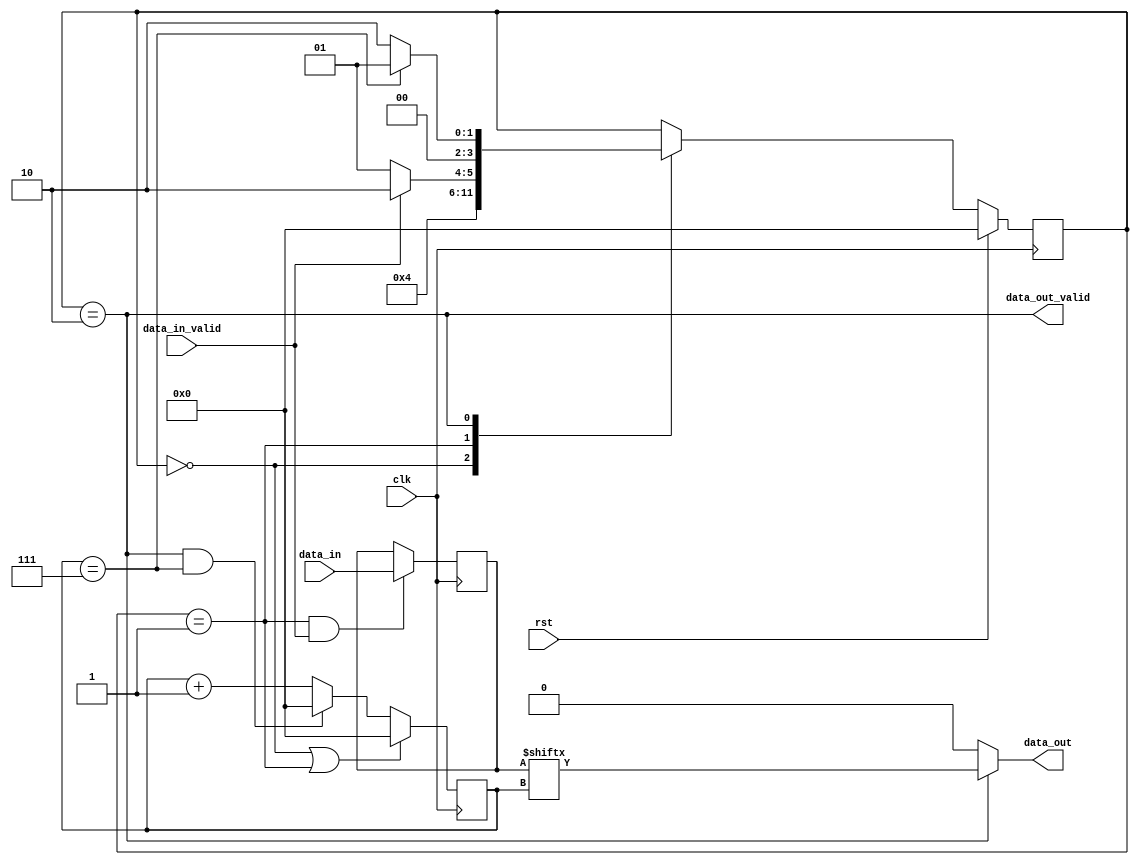
`define RST_STATE 0
`define INIT_STATE 1
`define PROGRESS_STATE 2

module byte_to_bitstream(clk, rst, data_in, data_in_valid, data_out, data_out_valid);

   parameter IN_SIZE = 8;
   input clk, rst, data_in_valid;
   input [IN_SIZE - 1:0] data_in;
   output 	    data_out;
   output 	    data_out_valid;
   reg [IN_SIZE - 1:0] 	    temp_storage;
   
   reg [3:0] 	    count;
   reg 		    start;
   reg [3:0] 	    c_state = 0;
   
   reg [3:0] 	    n_state;
   
   always @(posedge clk) begin
      if(rst) c_state <= `RST_STATE;
      else c_state <= n_state;	
   end
   
   always @(*) begin
      case (c_state)
	`RST_STATE : begin
	   n_state = `INIT_STATE;
	end
	`INIT_STATE: begin
	   if(data_in_valid) begin
	      n_state = `PROGRESS_STATE;
	   end
	   else n_state = `INIT_STATE;
	end
	`PROGRESS_STATE : begin
	   if(count == (IN_SIZE - 1)) begin
	      n_state = `INIT_STATE;
	   end
	   else begin
	      n_state = `PROGRESS_STATE;
	   end	   
	end // case: `PROGRESS_STATE
	default : n_state = c_state;
	
      endcase // case (c_state)
   end // always @ (*)

   always @(posedge clk) begin
      if(c_state == `RST_STATE || c_state == `INIT_STATE) begin
	 count <= 0;	 
      end
      else begin
	 if(c_state == `PROGRESS_STATE && count == (IN_SIZE - 1)) count <= 0;
	 else count <= count + 1;
      end  
   end

   always @(posedge clk) begin
      if(c_state == `INIT_STATE && data_in_valid) temp_storage <= data_in;
   end
   
   assign data_out_valid = (c_state == `PROGRESS_STATE);
   assign data_out = (c_state == `PROGRESS_STATE) ? temp_storage[count] : 0;
   
   
endmodule // byte_to_bitsream